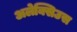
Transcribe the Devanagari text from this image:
अलेक्सिउस